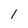
Character: 1